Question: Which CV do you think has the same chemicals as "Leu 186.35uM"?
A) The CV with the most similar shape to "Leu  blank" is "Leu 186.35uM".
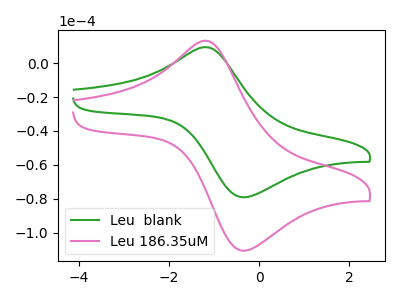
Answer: <think>The green curve "Leu  blank" has an anodic peak at (-1.20V, 9.50uA) and a cathodic peak at (-0.40V, -79.00uA). The pink curve "Leu 186.35uM" has an anodic peak at (-1.20V, 13.25uA) and a cathodic peak at (-0.40V, -110.55uA).
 All the peaks in "Leu  blank" have a peak in "Leu 186.35uM" at the same potential. Every peak in "Leu  blank" is lower than every peak in "Leu 186.35uM".</think>
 <answer>A) The CV with the most similar shape to "Leu  blank" is "Leu 186.35uM".</answer>
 <eval>A</eval>